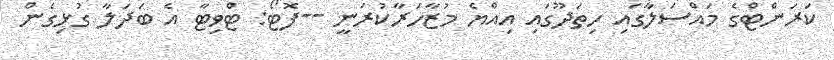
ކަރަންޓްގެ މައްސަލާގައި ހިތަދޫގައި އިއްޔެ މުޒާހަރާކުރަނީ --ފޮޓޯ: ޓްވިޓާ އެ ބަދަލާ ގުޅިގެން